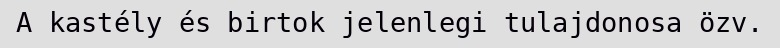
A kastély és birtok jelenlegi tulajdonosa özv.